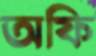
অফি